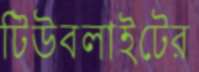
টিউবলাইটের